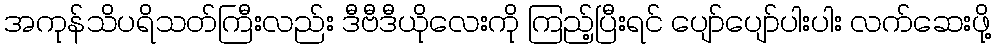
အကုန်သိပရိသတ်ကြီးလည်း ဒီဗီဒီယိုလေးကို ကြည့်ပြီးရင် ပျော်ပျော်ပါးပါး လက်ဆေးဖို့